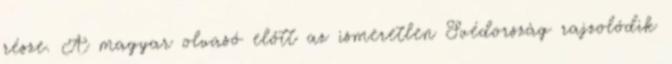
része. A magyar olvasó előtt az ismeretlen Svédország rajzolódik